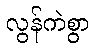
လွန်ကဲစွာ